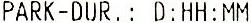
PARK-DUR.: D:HH:MM